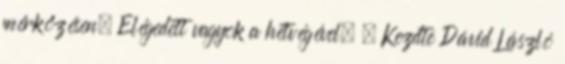
mérkőzésen. Elégedett vagyok a hétvégével. – Kezdte Dávid László